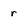
Character: r